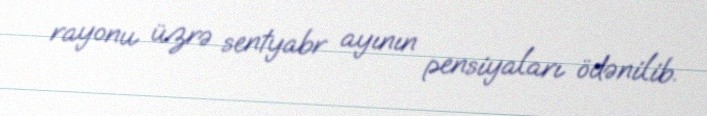
rayonu üzrə sentyabr ayının pensiyaları ödənilib.